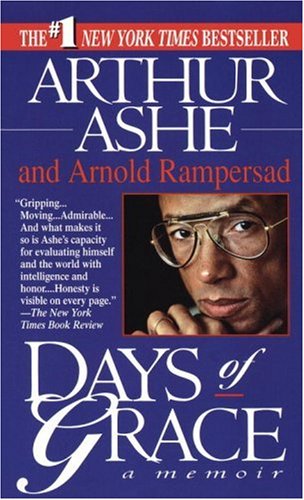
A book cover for Days of Grace; Arthur Ashe; Sports & Outdoors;